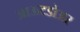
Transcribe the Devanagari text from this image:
आऊटडोअर